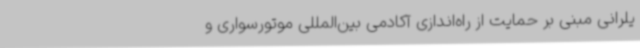
یلرانی مبنی بر حمایت از راه‌اندازی آکادمی بین‌المللی موتورسواری و